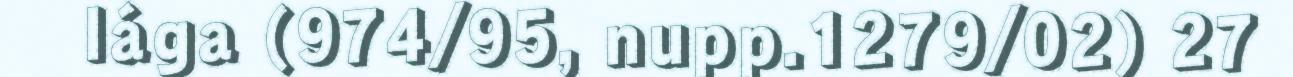
lága (974/95, nupp.1279/02) 27